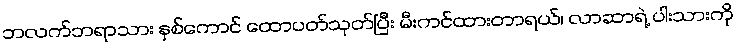
ဘလက်ဘရာသား နှစ်ကောင် ထောပတ်သုတ်ပြီး မီးကင်ထားတာရယ်၊ လာဆာရဲ့ ပါးသားကို